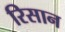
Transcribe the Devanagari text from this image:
रिसान